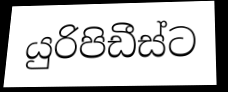
යුරිපිඩීස්ට